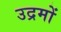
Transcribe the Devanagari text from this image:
उद्रमों